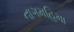
નાગમહિમા